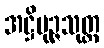
အဋ္ဌိပုဉ္ဇသုတ္တ